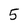
Character: 5